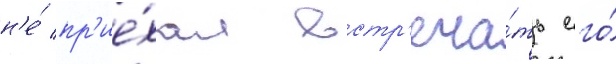
н'е́ пр'ие́хал встр'еча́ть его́